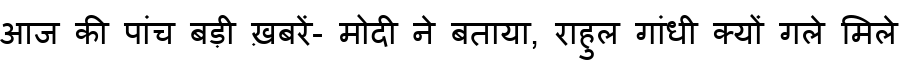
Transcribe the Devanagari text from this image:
आज की पांच बड़ी ख़बरें- मोदी ने बताया, राहुल गांधी क्यों गले मिले